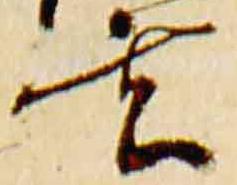
玄